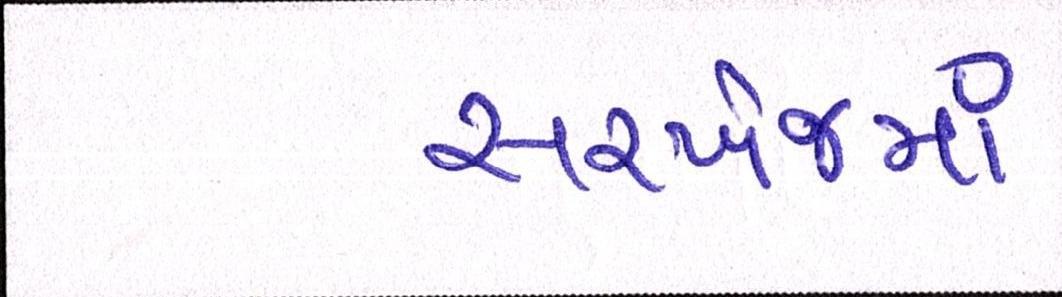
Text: સરખેજમાં